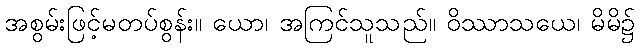
အစွမ်းဖြင့်မတပ်စွန်း။ ယော၊ အကြင်သူသည်။ ဝိဿာသယေ၊ မိမိ၌